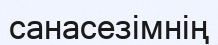
санасезімнің